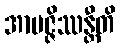
အာပဇ္ဇိဿန္တီတိ